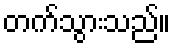
တက်သွားသည်။